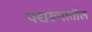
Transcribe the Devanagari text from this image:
पद्यरूपातील